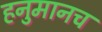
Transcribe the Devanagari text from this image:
हनुमानच